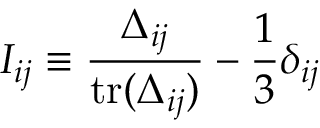
I _ { i j } \equiv \frac { \Delta _ { i j } } { \mathrm { t r } ( \Delta _ { i j } ) } - \frac { 1 } { 3 } \delta _ { i j }